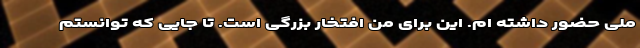
ملی حضور داشته ام. این برای من افتخار بزرگی است. تا جایی که توانستم